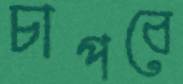
চাপবে